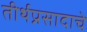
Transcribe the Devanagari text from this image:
तीर्थप्रसादाचे